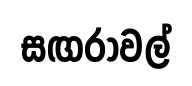
සඟරාවල්